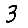
Digit: 3